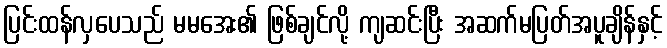
ပြင်းထန်လှပေသည် မမအေး၏ ဖြစ်ချင်လို့ ကျဆင်းပြီး အဆက်မပြတ်အပူချိန်နှင့်